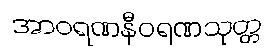
အာဝရဏနီဝရဏသုတ္တ